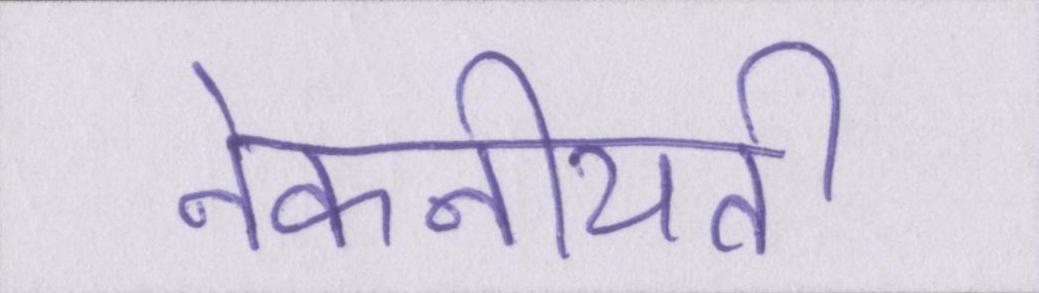
नेकनीयती